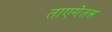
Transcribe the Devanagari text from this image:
ताएगेतस